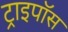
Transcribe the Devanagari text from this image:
ट्राइपॉस